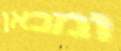
ומכאן